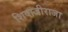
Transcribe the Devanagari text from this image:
शिवाजीराजा